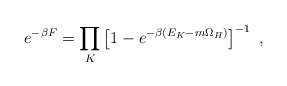
\begin{align*}e^{-\beta F} = \prod_K \left[ 1 - e^{-\beta(E_K-m\Omega_H)} \right]^{-1}~,\end{align*}